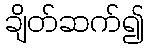
ချိတ်ဆက်၍